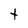
Character: t